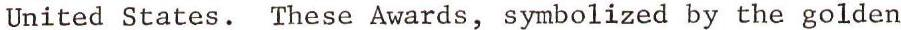
United States. These Awards, symbolized by the golden